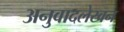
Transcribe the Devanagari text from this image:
अनुवादलेखन